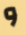
و